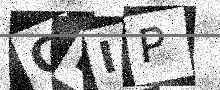
Text: GMIP